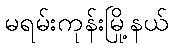
မရမ်းကုန်းမြို့နယ်